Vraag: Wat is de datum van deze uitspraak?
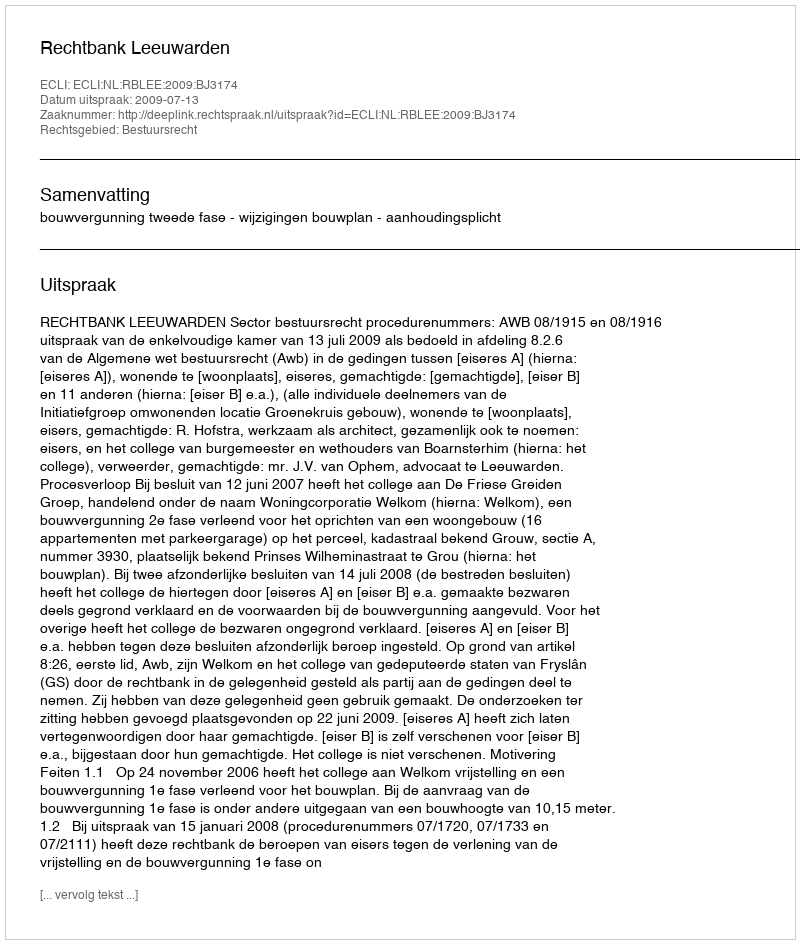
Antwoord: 2009-07-13